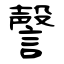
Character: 謦